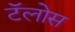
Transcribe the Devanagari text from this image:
टॅलोस